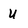
Character: u